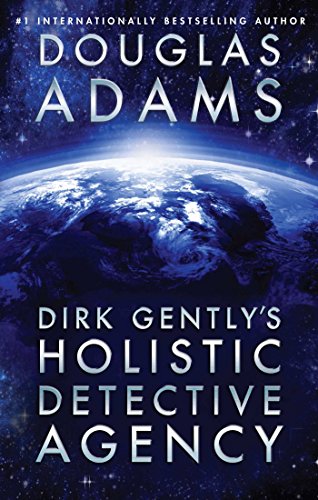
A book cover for Dirk Gently's Holistic Detective Agency; Douglas Adams; Mystery, Thriller & Suspense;